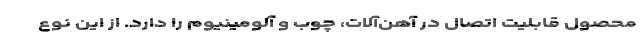
محصول قابلیت اتصال در آهن‌آلات، چوب و آلومینیوم را دارد. از این نوع